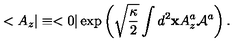
< A _ { z } \vert \equiv < 0 \vert \exp \left( \sqrt { \frac { \kappa } { 2 } } \int d ^ { 2 } { \bf x } A _ { z } ^ { a } { \cal A } ^ { a } \right) .